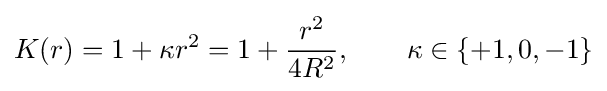
K(r)=1+\kappa r^{2}=1+{\frac {r^{2}}{4R^{2}}},\qquad \kappa \in \{+1,0,-1\}